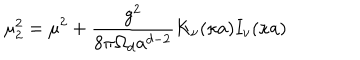
\mu _ { 2 } ^ { 2 } = \mu ^ { 2 } + { \frac { g ^ { 2 } } { 8 { \pi } \Omega _ { d } a ^ { d - 2 } } } K _ { \nu } ( \kappa a ) I _ { \nu } ( \kappa a )